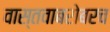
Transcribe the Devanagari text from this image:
वास्तवाबरोबरच